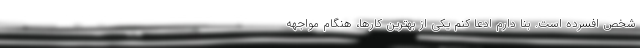
شخص افسرده است. بنا دارم ادعا کنم یکی از بهترین کارها، هنگام مواجهه